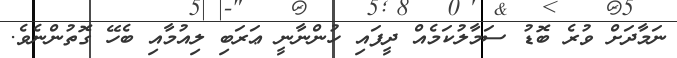
ނަމާދަށް ވުރެ ބޮޑު ސަމާލުކަމެއް ދީފައި ހުންނާނީ ޢަރަބި ލިއުމާއި ބެހޭ ގޮތުންނެވެ.